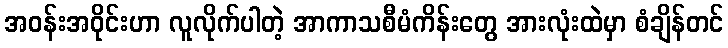
အဝန်းအဝိုင်းဟာ လူလိုက်ပါတဲ့ အာကာသစီမံကိန်းတွေ အားလုံးထဲမှာ စံချိန်တင်